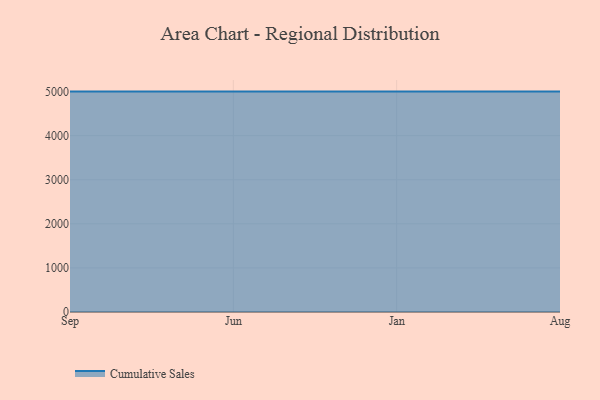
{"axis": {"x": "Month", "y": "Revenue (USD Million)"}, "legend": ["Cumulative Sales"], "data": [{"x": "Sep", "y": 5000, "type": "Cumulative Sales"}, {"x": "Jun", "y": 5000, "type": "Cumulative Sales"}, {"x": "Jan", "y": 5000, "type": "Cumulative Sales"}, {"x": "Aug", "y": 5000, "type": "Cumulative Sales"}]}